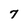
Character: 7